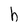
Character: h